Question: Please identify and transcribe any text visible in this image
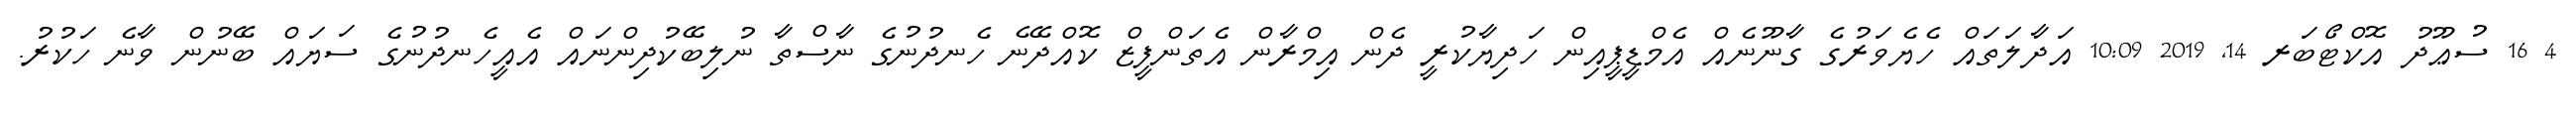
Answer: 4 16 ސުޢޫދު އޮކްޓޯބަރ 14, 2019 10:09 އަދާލަތައް ހެޔެވަރުގެ ގާނޫނެއް އެމްޑީޕީއިން ހަދިޔާކުރީ ދެން އިމްރާން އެތަންފީޒް ކޮއްދޭނެ ހެނދުނުގެ ނާސްތާ ނުލިބޭކުދިންނައް އެއީހެނދުނުގެ ސަޔައް ބޭނުން ވާނެ ހަކުރު.